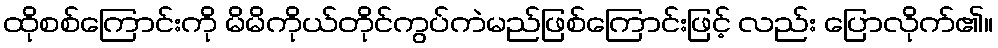
ထိုစစ်ကြောင်းကို မိမိကိုယ်တိုင်ကွပ်ကဲမည်ဖြစ်ကြောင်းဖြင့် လည်း ပြောလိုက်၏။